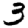
Digit: 3